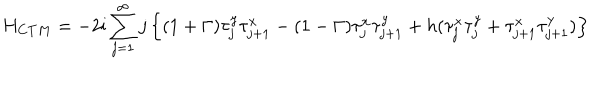
H _ { C T M } = - 2 \mathrm { i } \sum _ { j = 1 } ^ { \infty } j \left\{ ( 1 + \Gamma ) \tau _ { j } ^ { y } \tau _ { j + 1 } ^ { x } - ( 1 - \Gamma ) \tau _ { j } ^ { x } \tau _ { j + 1 } ^ { y } + h ( \tau _ { j } ^ { x } \tau _ { j } ^ { y } + \tau _ { j + 1 } ^ { x } \tau _ { j + 1 } ^ { y } ) \right\} \nonumber